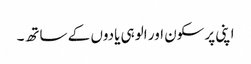
اپنی پرسکون اور الوہی یادوں کے ساتھ۔